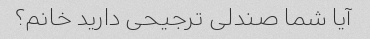
آیا شما صندلی ترجیحی دارید خانم؟